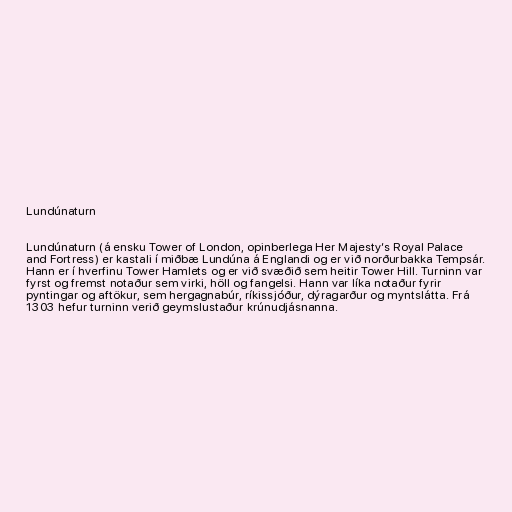
Lundúnaturn

Lundúnaturn (á ensku Tower of London, opinberlega Her Majesty’s Royal Palace
and Fortress) er kastali í miðbæ Lundúna á Englandi og er við norðurbakka Tempsár.
Hann er í hverfinu Tower Hamlets og er við svæðið sem heitir Tower Hill. Turninn var
fyrst og fremst notaður sem virki, höll og fangelsi. Hann var líka notaður fyrir
pyntingar og aftökur, sem hergagnabúr, ríkissjóður, dýragarður og myntslátta. Frá
1303 hefur turninn verið geymslustaður krúnudjásnanna.